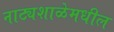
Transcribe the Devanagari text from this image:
नाट्यशाळेमधील